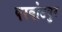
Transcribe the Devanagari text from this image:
परबोटपुर